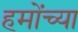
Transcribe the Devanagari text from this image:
हमोंच्या